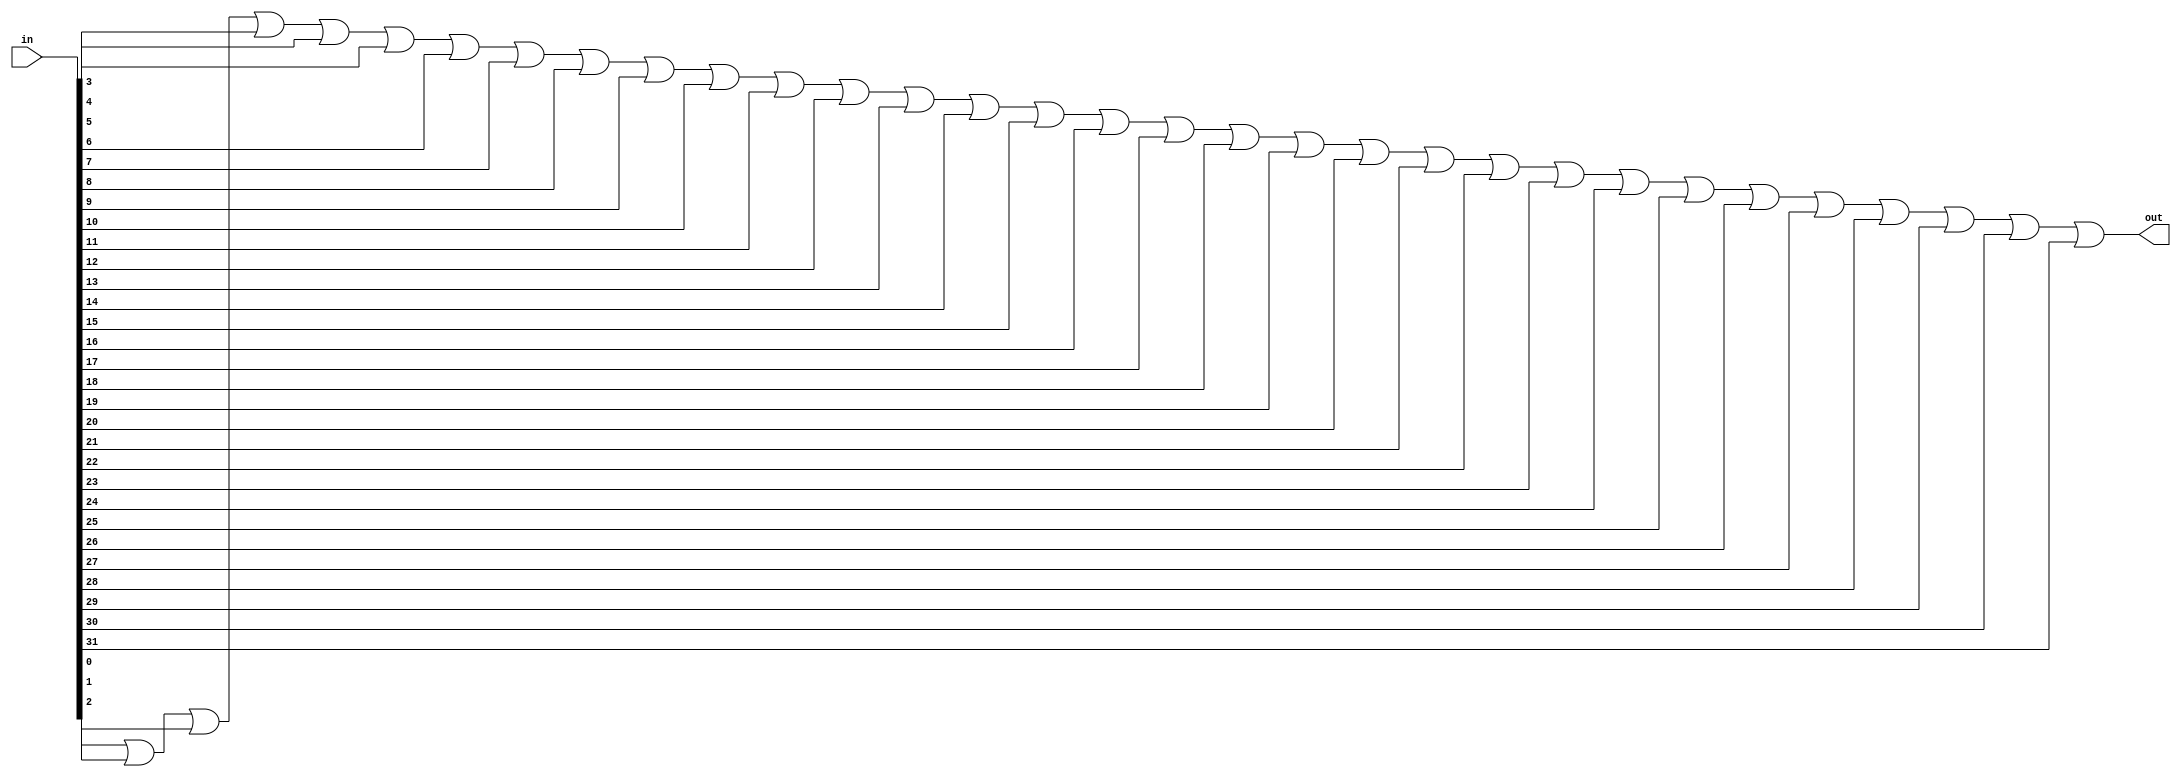
module or_32_input(in, out);

	input [31:0] in;
	output out;
	
	wire w0, w1, w2, w3, w4, w5, w6, w7, w8, w9, w10, w11, w12, w13, w14, w15, w16, w17, w18, w19, w20, w21, w22, w23, w24, w25, w26, w27, w28, w29, w30, w31;
	
	or or0(w0, in[0], in[1]);
	or or1(w1, w0, in[2]);
	or or2(w2, w1, in[3]);
	or or3(w3, w2, in[4]);
	or or4(w4, w3, in[5]);
	or or5(w5, w4, in[6]);
	or or6(w6, w5, in[7]);
	or or7(w7, w6, in[8]);
	or or8(w8, w7, in[9]);
	or or9(w9, w8, in[10]);
	or or10(w10, w9, in[11]);
	or or11(w11, w10, in[12]);
	or or12(w12, w11, in[13]);
	or or13(w13, w12, in[14]);
	or or14(w14, w13, in[15]);
	or or15(w15, w14, in[16]);
	or or16(w16, w15, in[17]);
	or or17(w17, w16, in[18]);
	or or18(w18, w17, in[19]);
	or or19(w19, w18, in[20]);
	or or20(w20, w19, in[21]);
	or or21(w21, w20, in[22]);
	or or22(w22, w21, in[23]);
	or or23(w23, w22, in[24]);
	or or24(w24, w23, in[25]);
	or or25(w25, w24, in[26]);
	or or26(w26, w25, in[27]);
	or or27(w27, w26, in[28]);
	or or28(w28, w27, in[29]);
	or or29(w29, w28, in[30]);
	or or30(out, w29, in[31]);
endmodule